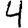
Digit: 4